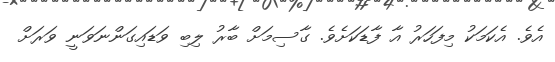
އެވެ. އެކަމަކު މިފަހަރު އާ ފާޑަކަށެވެ. ގާސިމަށް ބާރު ލިބި ވަޑައިގަންނަވަނީ ވަރަށް